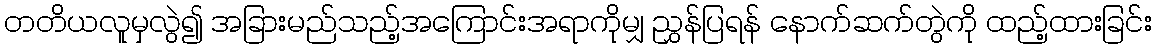
တတိယလူမှလွဲ၍ အခြားမည်သည့်အကြောင်းအရာကိုမျှ ညွှန်ပြရန် နောက်ဆက်တွဲကို ထည့်ထားခြင်း